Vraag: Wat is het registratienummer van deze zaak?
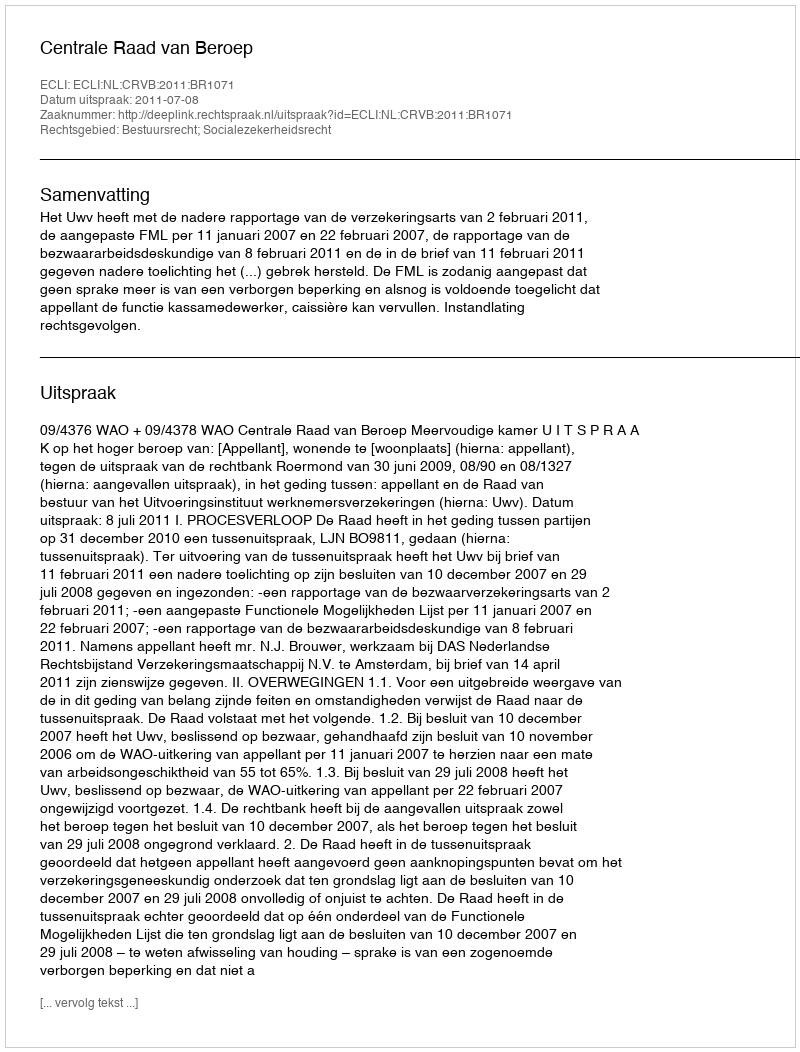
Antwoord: http://deeplink.rechtspraak.nl/uitspraak?id=ECLI:NL:CRVB:2011:BR1071